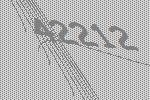
42212